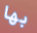
بها